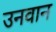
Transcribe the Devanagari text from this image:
उनवान